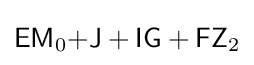
{\mathsf {EM}}_{0}{\mathsf {+J+IG+FZ}}_{2}